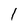
Character: 1